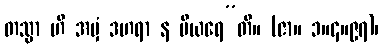
တသ္မာ ဟိ အမှံ ဒဟရာ န မီယရေ”တိ။ (ဇာ။ ၁။၄။၉၇)၊